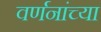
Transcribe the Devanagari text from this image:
वर्णनांच्या